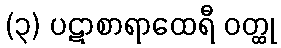
(၃) ပဋာစာရာထေရီ ဝတ္ထု